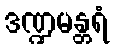
ဒဏ္ဍမန္တရံ